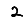
Digit: 2